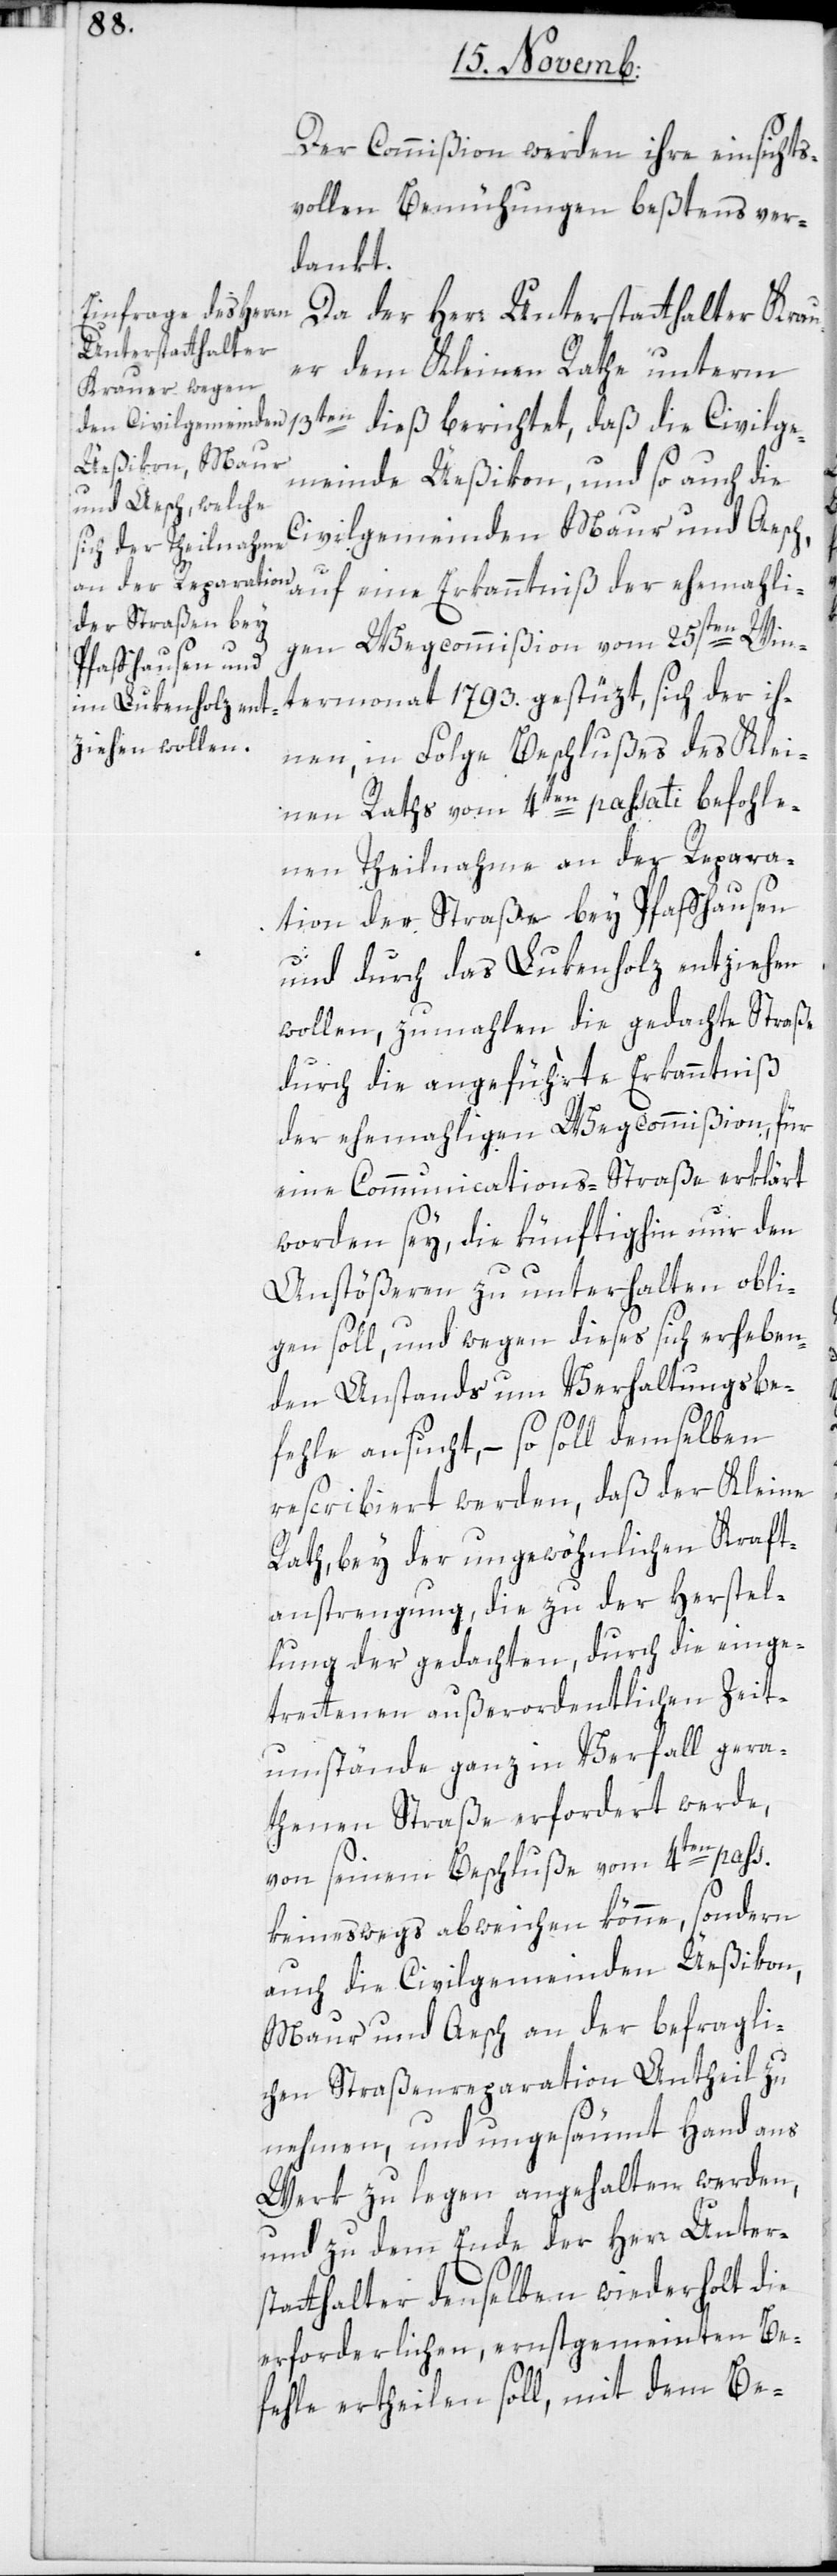
Der Commißion werden ihre einsichts¬
vollen Bemühungen beßtens ver¬
dankt.
Da der Herr Unterstatthalter Krau¬
er dem Kleinen Rathe unterm
13ten dieß berichtet, daß die Civilge¬
meinde Ueßikon und so auch die
Civilgemeinden Maur und Aesch,
auf eine Erkanntniß der ehemali¬
gen Wegcommißion vom 25sten Win¬
termonat 1793. gestüzt, sich der ih¬
nen, in Folge Beschlußes des Klei¬
nen Raths vom 4ten passati befohle¬
nen Theilnahme an der Repara¬
tion der Straße bey Pfaffhausen
und durch das Lukenholz entziehen
wollen, zumahlen die gedachte Straße
durch die angeführte Erkanntniß
der ehemaligen Wegcommißion, für
eine Communications-Straße erklärte
worden sey, die künftighin nur den
Anstößern zu unterhalten obli¬
gen soll, und wegen dieses sich erheben¬
den Anstands um Verhaltungsbe¬
fehle ansucht, – so soll demselben
rescribiert werden, daß der Kleine
Rat, bey der ungewöhnlichen Kraft¬
anstrengung, die zu der Herstel¬
lung der gedachten, durch die einge¬
tretenen außerordentlichen Zeit¬
umstände ganz in Verfall gera¬
thenen Straße erfordert werde,
von seinem Beschluße vom 4ten pass:
keineswegs abweichen könne, sondern
auch die Civilgemeinde Ueßikon,
Maur und Aesch an der befragli¬
chen Straßenreparation Antheil zu
nehmen, und ungesäumt Hand ans
Werk zu legen angehalten werden,
und zu dem Ende der Herr Unter¬
statthalter denselben wiederholt die
erforderlichen, ernstgemeinten Be¬
fehle ertheilen soll, mit dem Be-